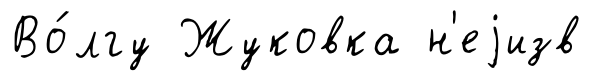
Во́лгу Жуковка н'еjизв